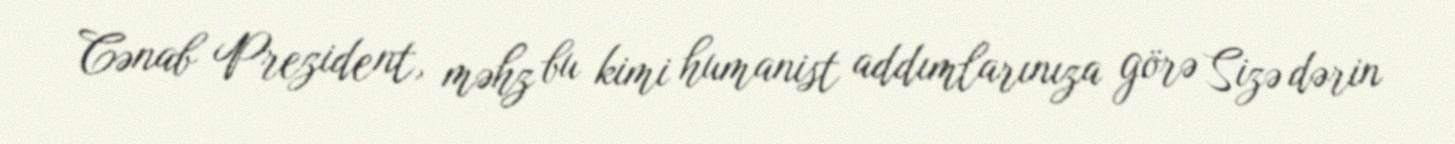
Cənab Prezident, məhz bu kimi humanist addımlarınıza görə Sizə dərin